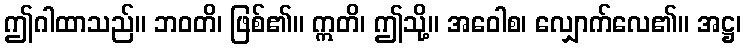
ဤဂါထာသည်။ ဘဝတိ၊ ဖြစ်၏။ ဣတိ၊ ဤသို့။ အဝေါစ၊ လျှောက်လေ၏။ အဋ္ဌ၊